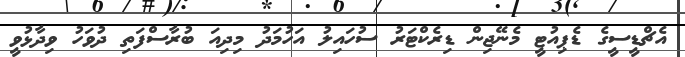
އެޗްޑީސީގެ ޑެޕިއުޓީ މެނޭޖިން ޑިރެކްޓަރު ސުހައިލު އަހުމަދު މިދިއަ ބުރާސްފަތި ދުވަހު ވިދާޅުވީ